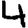
Digit: 4